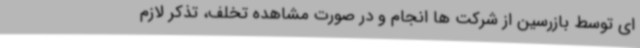
ای توسط بازرسین از شرکت ها انجام و در صورت مشاهده تخلف، تذکر لازم